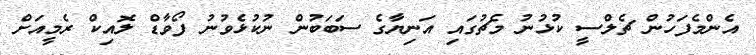
އެންމެފަހުން ޗެލްސީ ކުޅުނު މެޗުގައި އަނިޔާގެ ސަބަބުން ނުކުޅެވުނު ފޯވާޑް ލޮއިކް ރެމީއަށް